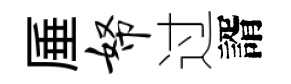
厜帑过諝